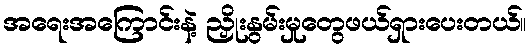
အရေးအကြောင်းနဲ့ ညှိုးနွမ်းမှုတွေဖယ်ရှားပေးတယ်။